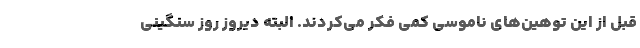
قبل از این توهین‌های ناموسی کمی فکر می‌کردند. البته دیروز روز سنگینی